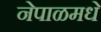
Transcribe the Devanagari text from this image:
नेपाळमधे